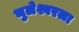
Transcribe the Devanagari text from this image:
भुलेश्वरला